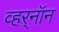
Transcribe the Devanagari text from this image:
व्हर्‌नॉन